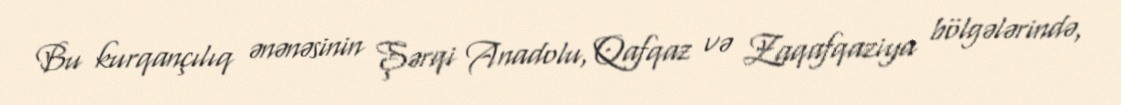
Bu kurqançılıq ənənəsinin Şərqi Anadolu, Qafqaz və Zaqafqaziya bölgələrində,